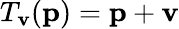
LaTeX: T_{\mathbf{v}}(\mathbf{p})=\mathbf{p}+\mathbf{v}